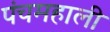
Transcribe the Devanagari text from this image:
पंचमहाली